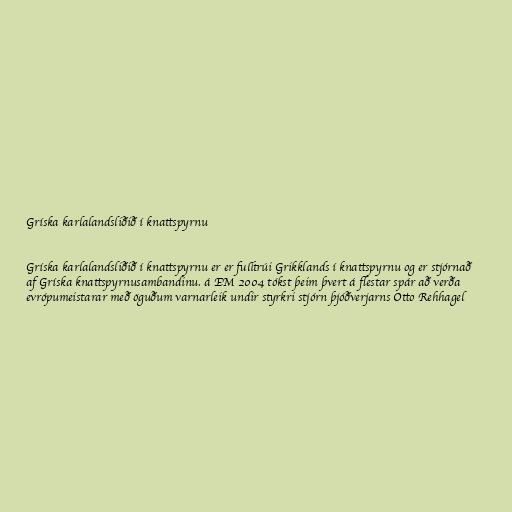
Gríska karlalandsliðið í knattspyrnu

Gríska karlalandsliðið í knattspyrnu er er fulltrúi Grikklands í knattspyrnu og er stjórnað
af Gríska knattspyrnusambandinu. á EM 2004 tókst þeim þvert á flestar spár að verða
evrópumeistarar með öguðum varnarleik undir styrkri stjórn þjóðverjarns Otto Rehhagel